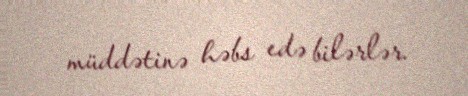
müddətinə həbs edə bilərlər.